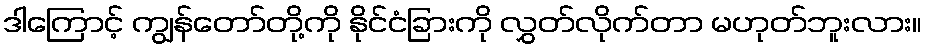
ဒါကြောင့် ကျွန်တော်တို့ကို နိုင်ငံခြားကို လွှတ်လိုက်တာ မဟုတ်ဘူးလား။